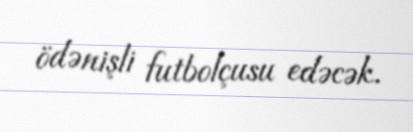
ödənişli futbolçusu edəcək.